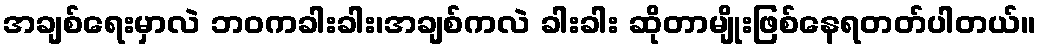
အချစ်ရေးမှာလဲ ဘဝကခါးခါး၊အချစ်ကလဲ ခါးခါး ဆိုတာမျိုးဖြစ်နေရတတ်ပါတယ်။